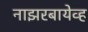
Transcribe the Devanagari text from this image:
नाझरबायेव्ह